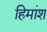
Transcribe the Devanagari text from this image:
हिमांश